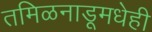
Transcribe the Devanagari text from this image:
तमिळनाडूमधेही